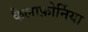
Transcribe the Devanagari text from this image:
कैलाफ़ोर्निया